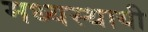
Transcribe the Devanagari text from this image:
मध्यस्थायी